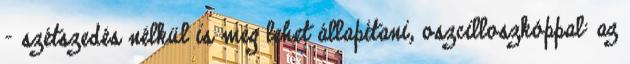
- szétszedés nélkül is meg lehet állapítani, oszcilloszkóppal: az